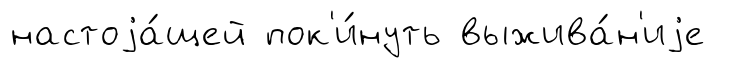
настоjа́щей пок'и́нуть выжива́н'иjе